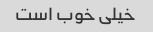
خیلی خوب است